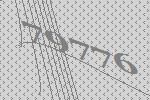
79776